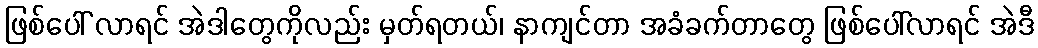
ဖြစ်ပေါ် လာရင် အဲဒါတွေကိုလည်း မှတ်ရတယ်၊ နာကျင်တာ အခံခက်တာတွေ ဖြစ်ပေါ်လာရင် အဲဒီ